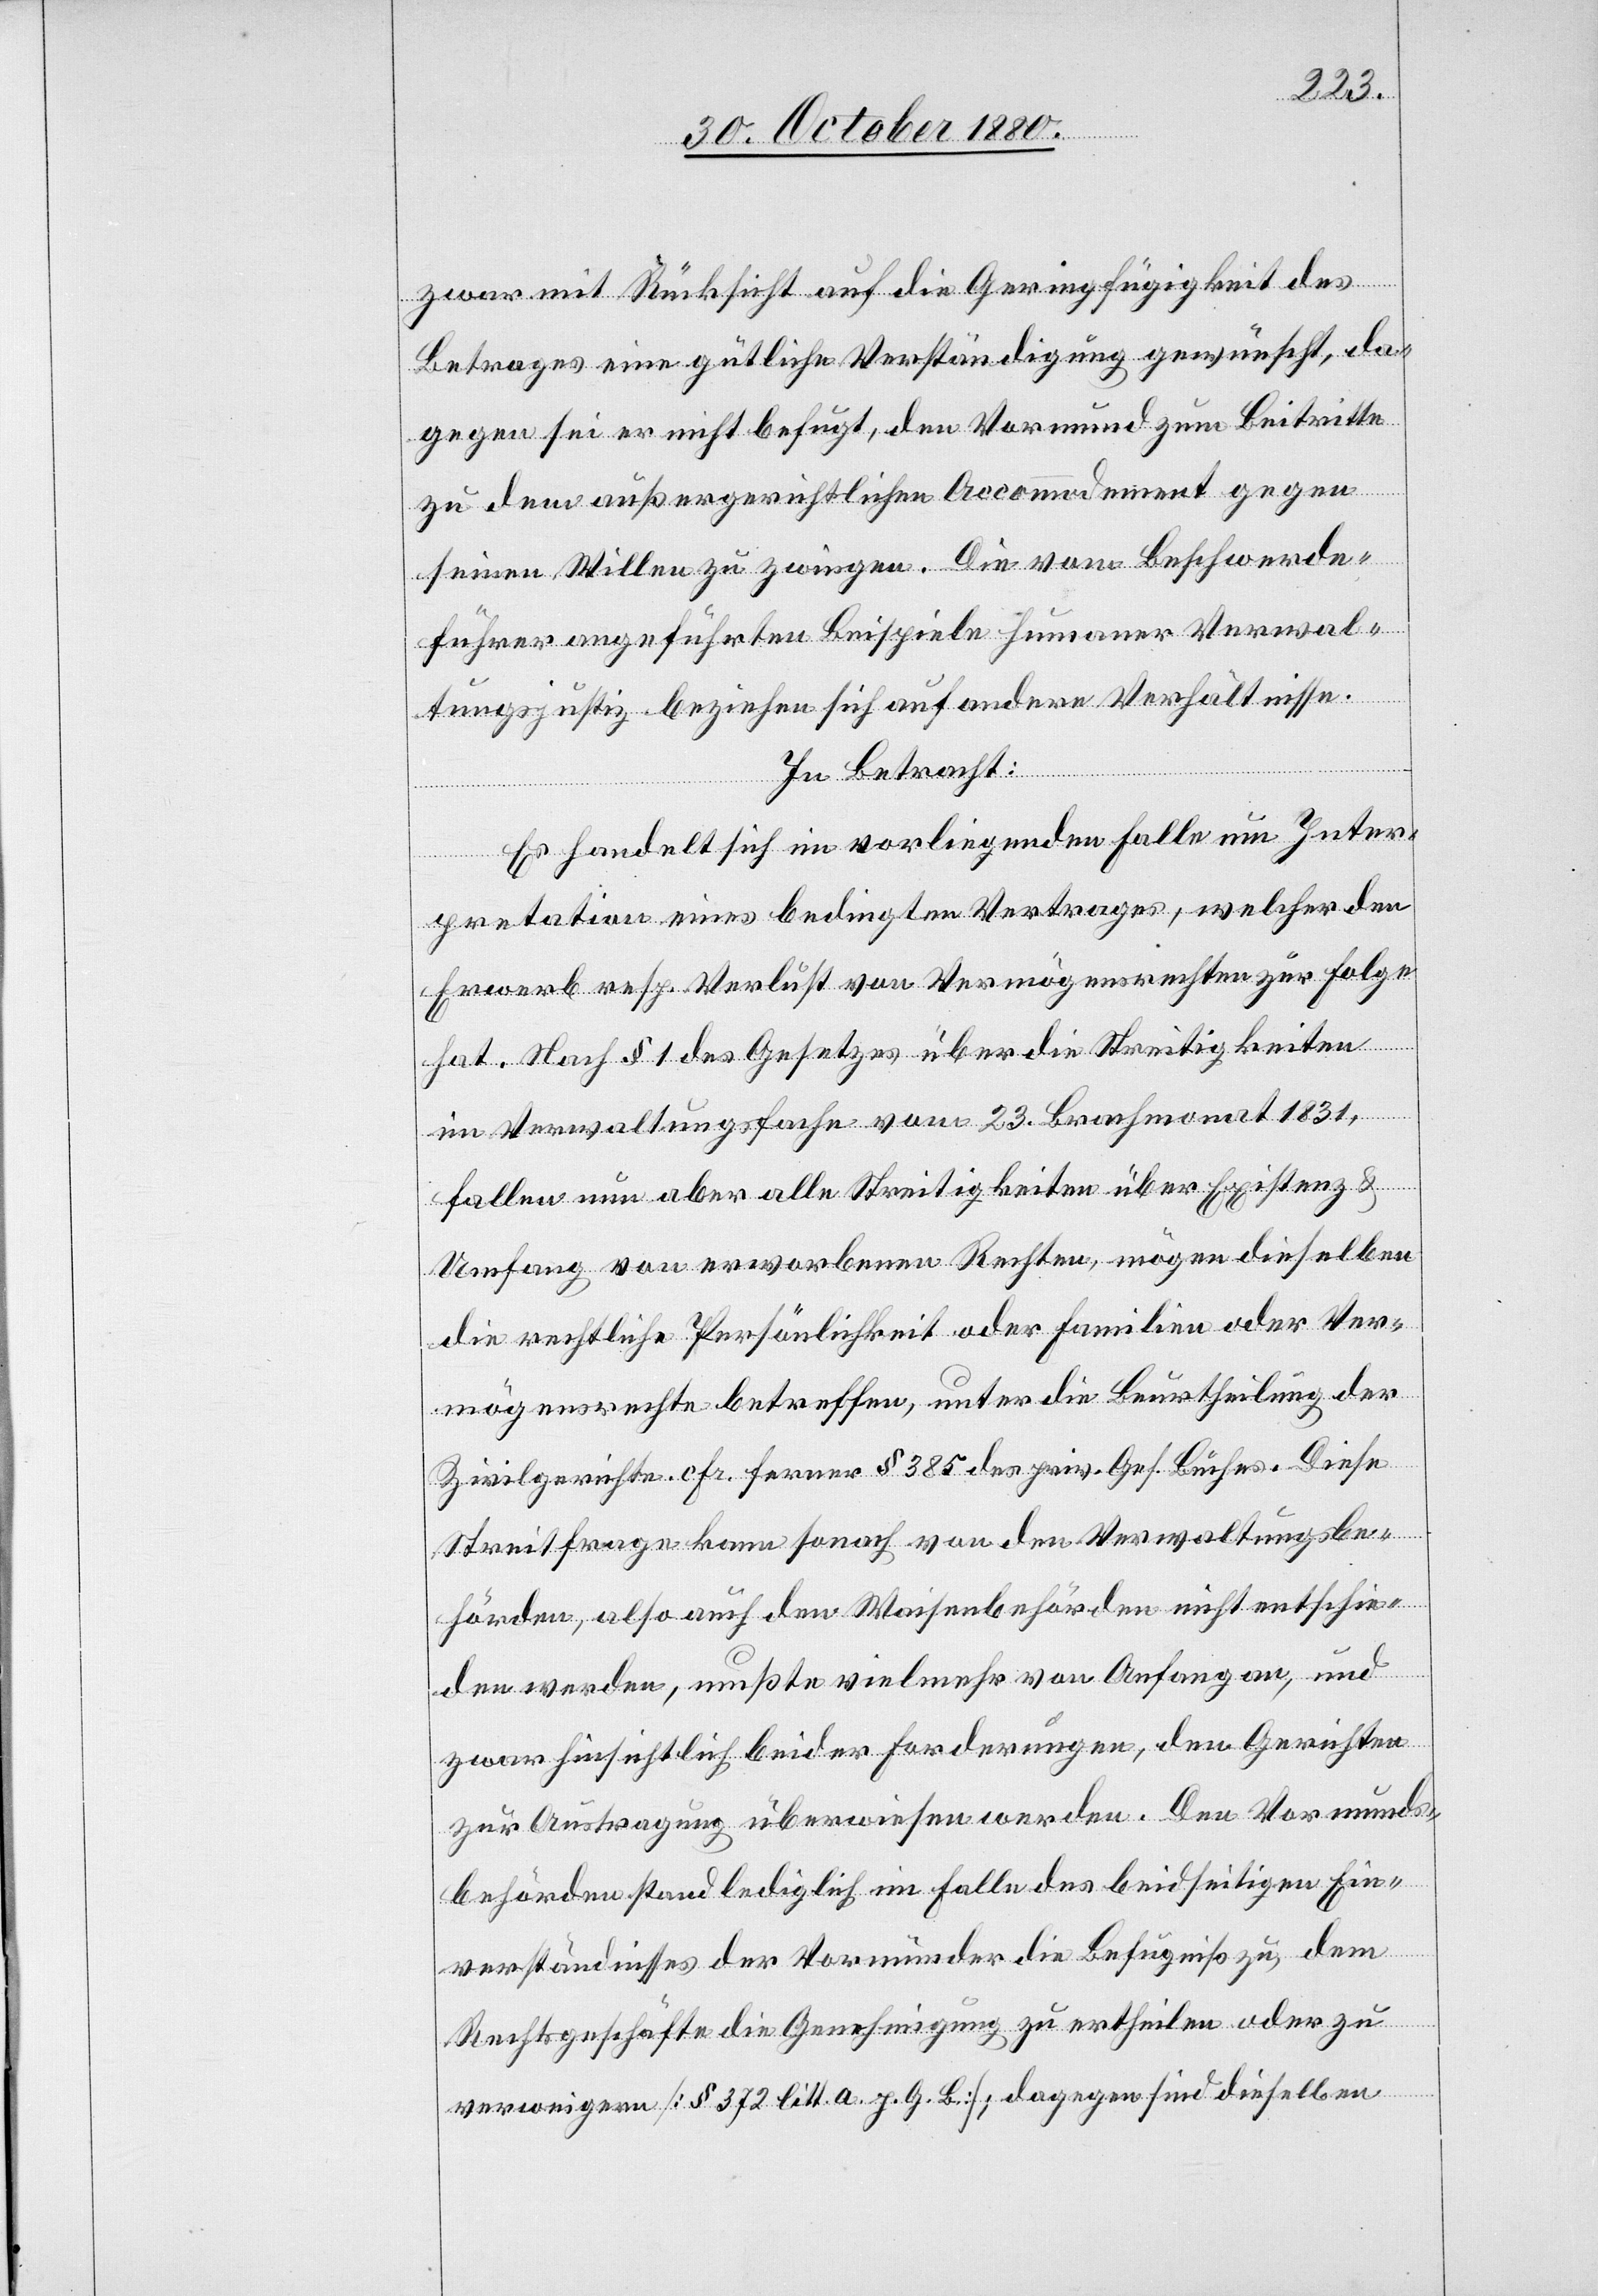
zwar mit Rücksicht auf die Geringfügigkeit des
Betrages eine gütliche Verständigung gewünscht, da¬
gegen sei er nicht befugt, den Vormund zum Beitritte
zu dem außergerichtlichen Accommodement gegen
seinen Willen zu zwingen. Die vom Beschwerde¬
führer angeführten Beispiele humaner Verwal¬
tungsjustiz beziehen sich auf andere Verhältnisse.
In Betracht:
Es handelt sich im vorliegenden Falle um Inter¬
pretation eines bedingten Vertrages, welcher den
Erwerb resp. Verlust von Vermögensrechten zur Folge
hat. Nach § 1 des Gesetzes über die Streitigkeiten
im Verwaltungsfache vom 23. Brachmonat 1831,
fallen nun aber alle Streitigkeiten über Existenz &
Umfang von erworbenen Rechten, mögen dieselben
die rechtliche Persönlichkeit oder Familien oder Ver¬
mögensrechte betreffen, unter die Beurtheilung der
Zivilgerichte cfr. ferner § 385 des priv. Ges. Buches. Diese
Streitfrage kann sonach von den Verwaltungsbe¬
hörden, so auch den Waisenbehörden nicht entschie¬
den werden, mußte vielmehr von Anfang an, und
zwar hinsichtlich beider Forderungen, den Gerichten
zur Austragung überwiesen werden. Den Vormunds¬
behörden stand lediglich ein Falle des beidseitigen Ein¬
verständnisses der Vormünder die Befugniß zu, dem
Rechtsgeschäfte die Genehmigung zu ertheilen oder zu
verweigern [§ 372 litt. a. p. G. B.]; dagegen sind dieselben